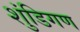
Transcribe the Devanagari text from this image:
शुंडिगण